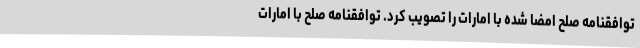
توافقنامه صلح امضا شده با امارات را تصویب کرد. توافقنامه صلح با امارات